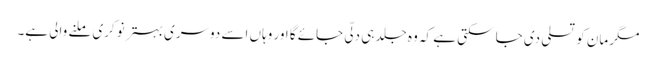
مگر مان کو تسلی دی جا سکتی ہے کہ وہ جلد ہی دلّی جائے گا اور وہاں اسے دوسری بہتر نوکری ملنے والی ہے۔